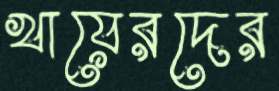
খায়েরদের